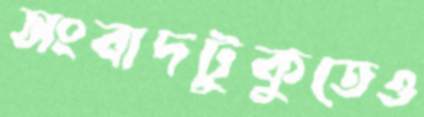
সংবাদটুকুতেও